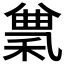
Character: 𥠠